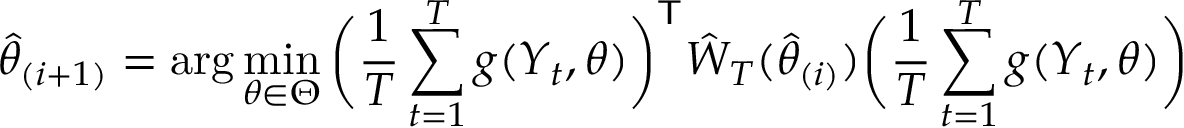
{ \hat { \theta } } _ { ( i + 1 ) } = \arg \operatorname* { m i n } _ { \theta \in \Theta } { \bigg ( } { \frac { 1 } { T } } \sum _ { t = 1 } ^ { T } g ( Y _ { t } , \theta ) { \bigg ) } ^ { \mathsf { T } } { \hat { W } } _ { T } ( { \hat { \theta } } _ { ( i ) } ) { \bigg ( } { \frac { 1 } { T } } \sum _ { t = 1 } ^ { T } g ( Y _ { t } , \theta ) { \bigg ) }